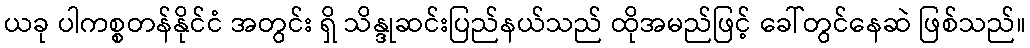
ယခု ပါကစ္စတန်နိုင်ငံ အတွင်း ရှိ သိန္ဒုဆင်းပြည်နယ်သည် ထိုအမည်ဖြင့် ခေါ်တွင်နေဆဲ ဖြစ်သည်။